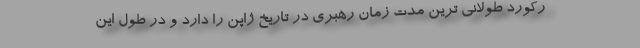
رکورد طولانی ترین مدت زمان رهبری در تاریخ ژاپن را دارد و در طول این